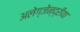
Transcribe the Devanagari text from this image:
अलेग्जेंन्द्रीया